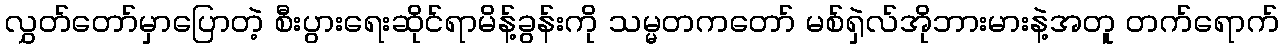
လွှတ်တော်မှာပြောတဲ့ စီးပွားရေးဆိုင်ရာမိန့်ခွန်းကို သမ္မတကတော် မစ်ရှဲလ်အိုဘားမားနဲ့အတူ တက်ရောက်